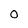
Character: O